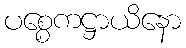
ပစ္စေကဋ္ဌာယိနော